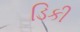
ડિકી